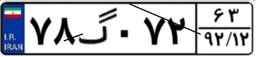
۷۸گ۰۷۲۶۳